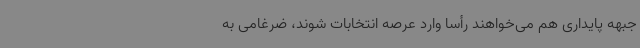
جبهه پایداری هم می‌خواهند رأسا وارد عرصه انتخابات شوند، ضرغامی به